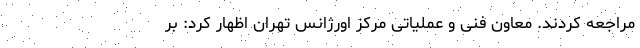
مراجعه کردند. معاون فنی و عملیاتی مرکز اورژانس تهران اظهار کرد: بر